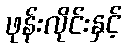
ဖုန်းလိုင်းနှင့်